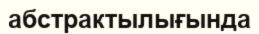
абстрактылығында